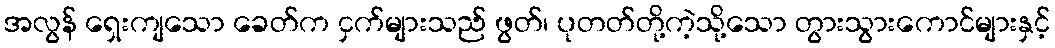
အလွန် ရှေးကျသော ခေတ်က ငှက်များသည် ဖွတ်၊ ပုတတ်တို့ကဲ့သို့သော တွားသွားကောင်များနှင့်